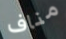
مناف